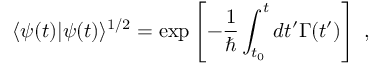
\langle \psi ( t ) | \psi ( t ) \rangle ^ { 1 / 2 } = \exp \left[ - \frac { 1 } { \hbar } \int _ { t _ { 0 } } ^ { t } d t ^ { \prime } \Gamma ( t ^ { \prime } ) \right] \; ,